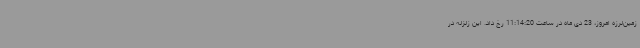
زمین‌لرزه امروز، 23 دی‌ ماه در ساعت 11:14:20 رخ داد. این زلزله در